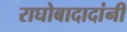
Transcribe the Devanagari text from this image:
राघोबादादांनी